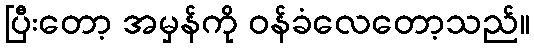
ပြီးတော့ အမှန်ကို ဝန်ခံလေတော့သည်။